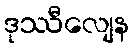
ဒုဿီလျေန